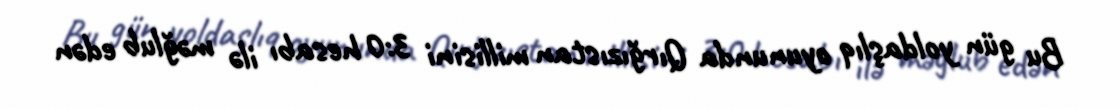
Bu gün yoldaşlıq oyununda Qırğızıstan millisini 3:0 hesabı ilə məğlub edən